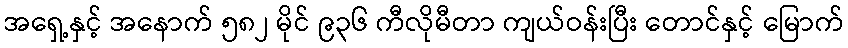
အရှေ့နှင့် အနောက် ၅၈၂ မိုင် ၉၃၆ ကီလိုမီတာ ကျယ်ဝန်းပြီး တောင်နှင့် မြောက်